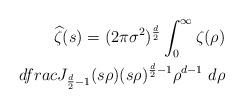
LaTeX: \begin{align*} \widehat{\zeta}(s) = (2\pi \sigma^2)^{\frac{d}{2}} \int_0^\infty \zeta(\rho) \\dfrac{J_{\frac{d}{2} - 1}(s \rho)}{(s \rho)^{\frac{d}{2} - 1}} \rho^{d - 1} \ d\rho\end{align*}